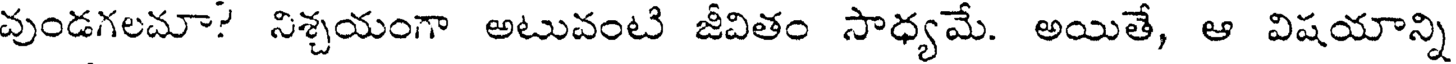
వుండగలమా: నిశ్చయంగా అటువంటి జీవితం సాధ్యమే. అయితే, ఆ విషయాన్ని